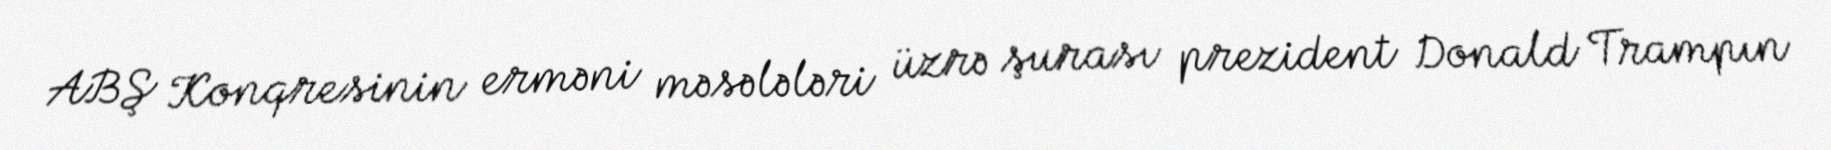
ABŞ Konqresinin erməni məsələləri üzrə şurası prezident Donald Trampın